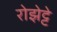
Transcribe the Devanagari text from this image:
रोझेट्टे